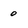
Character: o